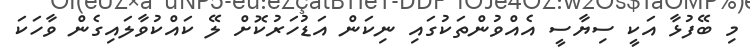
މި ބޭފުޅާ އަކީ ސިޔާސީ އެއްވުންތަކުގައި ނިކަން އަޑުހަރުކޮށް ލޭ ކައްކުވާލައިގެން ވާހަކަ